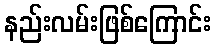
နည်းလမ်းဖြစ်ကြောင်း